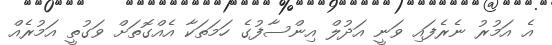
އެ އަމުރު ނެރެފައި ވަނީ އަދުލް އިންސާފުގެ ހަމަތަކާ އެއްގޮތަށް ވަގުތީ އަމުރެއް